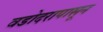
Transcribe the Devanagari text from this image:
वडोदरापासून